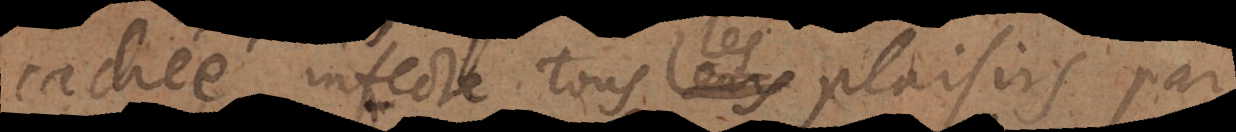
cachée infecte tous leurs plaisirs par